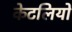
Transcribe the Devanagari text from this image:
केटलियों